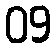
09